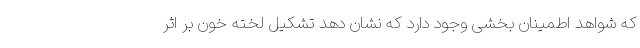
که شواهد اطمینان بخشی وجود دارد که نشان دهد تشکیل لخته خون بر اثر